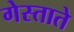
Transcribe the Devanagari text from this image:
गेस्ताते